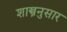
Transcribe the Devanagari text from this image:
शास्त्रनुसार